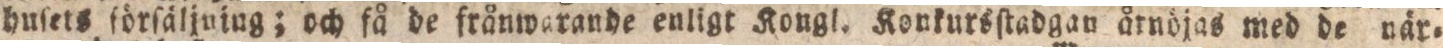
huſets förſäljuing; och få de frånwarande enligt Kongl. Konkursſtadgan årnöjas med de när=